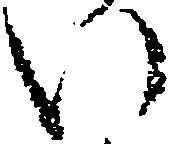
い